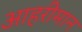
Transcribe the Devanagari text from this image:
आहरीमान